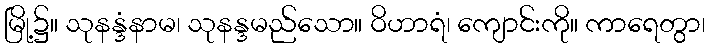
မြို့၌။ သုနန္ဒံနာမ၊ သုနန္ဒမည်သော။ ဝိဟာရံ၊ ကျောင်းကို။ ကာရေတွာ၊